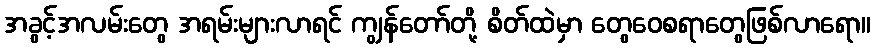
အခွင့်အလမ်းတွေ အရမ်းများလာရင် ကျွန်တော်တို့ စိတ်ထဲမှာ တွေဝေစရာတွေဖြစ်လာရော။